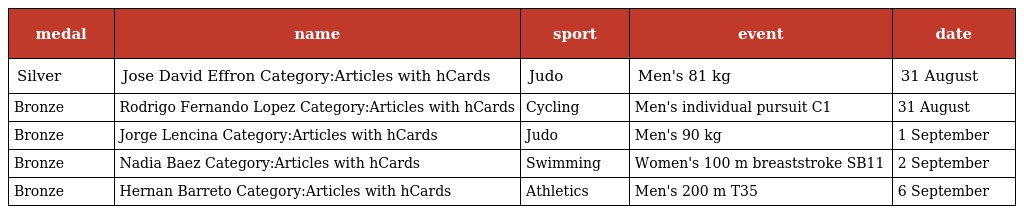
| medal | name | sport | event | date |
 | --- | --- | --- | --- | --- |
 | Silver | Jose David Effron Category:Articles with hCards | Judo | Men's 81 kg | 31 August |
 | Bronze | Rodrigo Fernando Lopez Category:Articles with hCards | Cycling | Men's individual pursuit C1 | 31 August |
 | Bronze | Jorge Lencina Category:Articles with hCards | Judo | Men's 90 kg | 1 September |
 | Bronze | Nadia Baez Category:Articles with hCards | Swimming | Women's 100 m breaststroke SB11 | 2 September |
 | Bronze | Hernan Barreto Category:Articles with hCards | Athletics | Men's 200 m T35 | 6 September |